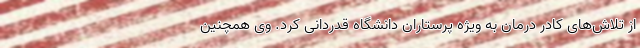
از تلاش‌های کادر درمان به ویژه پرستاران دانشگاه قدردانی کرد. وی همچنین